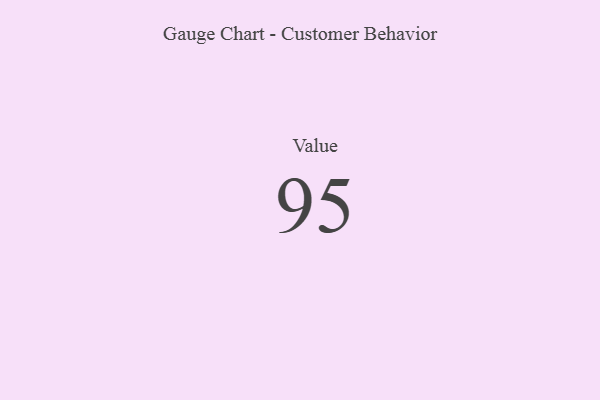
{"axis": {"x": "Metric", "y": "Value"}, "legend": [""], "data": [{"x": "Value", "y": 95, "type": ""}]}